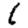
Digit: 1